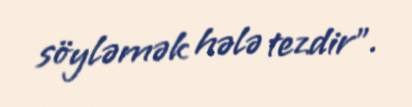
söyləmək hələ tezdir”.